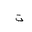
Letter: _ta